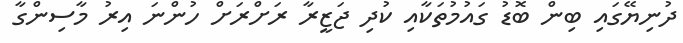
ދުނިޔޭގައި ބިން ބޮޑު ގައުމުތަކާއި ކުދި ޖަޒީރާ ރަށްރަށް ހުންނަ އިރު މާސިންގާ